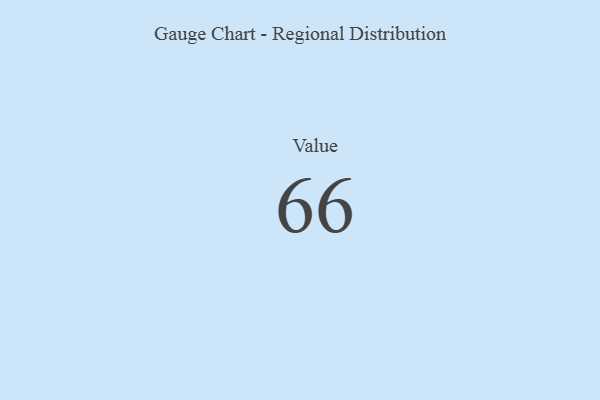
{"axis": {"x": "Metric", "y": "Value"}, "legend": [""], "data": [{"x": "Value", "y": 66, "type": ""}]}